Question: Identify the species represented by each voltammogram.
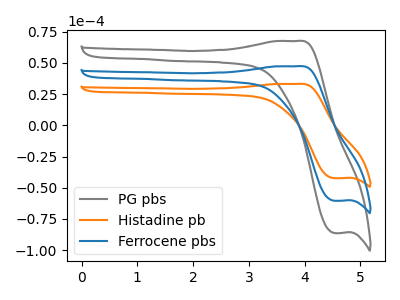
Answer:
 <answer>The gray curve is labeled "PG pbs". The orange curve is labeled "Histadine pb". The blue curve is labeled "Ferrocene pbs".</answer>
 <eval></eval>